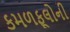
કમળફૂલોની